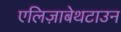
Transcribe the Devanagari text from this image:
एलिज़ाबेथटाउन